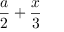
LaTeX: { \frac { a } { 2 } } + { \frac { x } { 3 } }